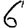
Digit: 6